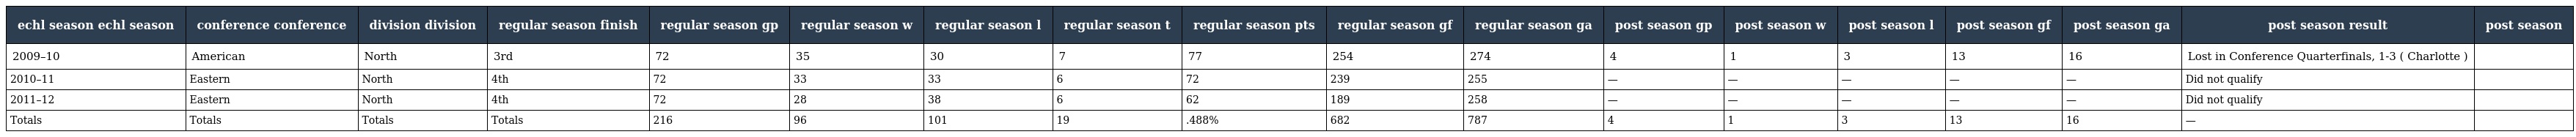
| echl season echl season | conference conference | division division | regular season finish | regular season gp | regular season w | regular season l | regular season t | regular season pts | regular season gf | regular season ga | post season gp | post season w | post season l | post season gf | post season ga | post season result | post season |
 | --- | --- | --- | --- | --- | --- | --- | --- | --- | --- | --- | --- | --- | --- | --- | --- | --- | --- |
 | 2009–10 | American | North | 3rd | 72 | 35 | 30 | 7 | 77 | 254 | 274 | 4 | 1 | 3 | 13 | 16 | Lost in Conference Quarterfinals, 1-3 ( Charlotte ) |  |
 | 2010–11 | Eastern | North | 4th | 72 | 33 | 33 | 6 | 72 | 239 | 255 | — | — | — | — | — | Did not qualify |  |
 | 2011–12 | Eastern | North | 4th | 72 | 28 | 38 | 6 | 62 | 189 | 258 | — | — | — | — | — | Did not qualify |  |
 | Totals | Totals | Totals | Totals | 216 | 96 | 101 | 19 | .488% | 682 | 787 | 4 | 1 | 3 | 13 | 16 | — |  |